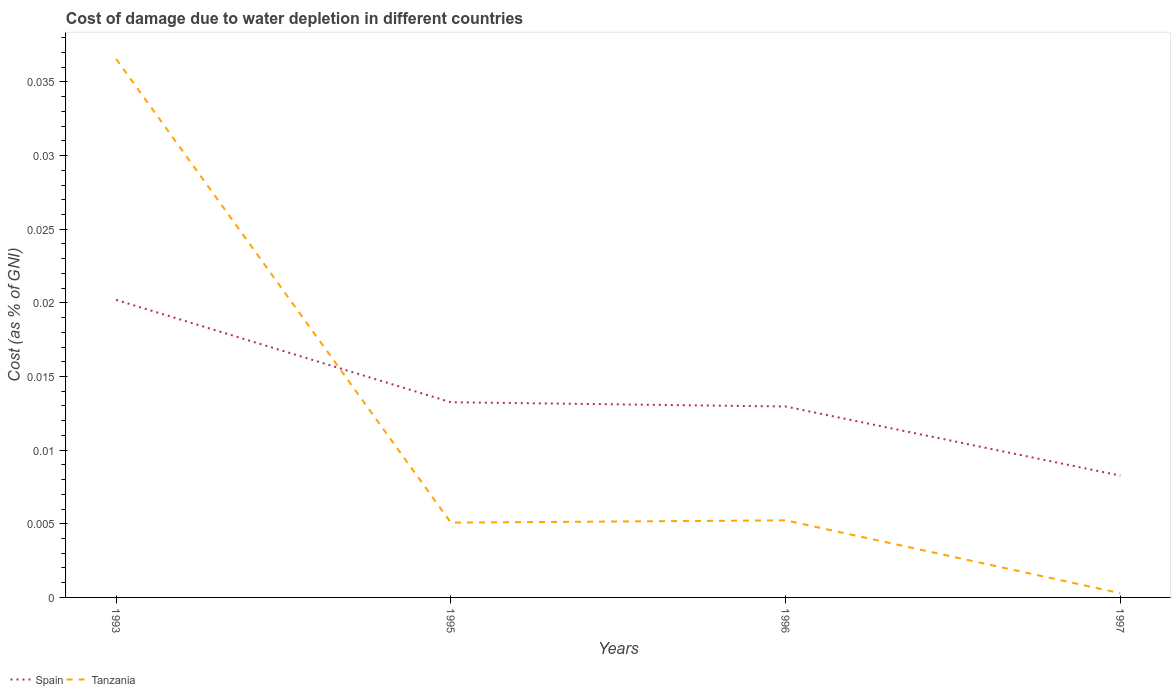
| Years | Spain | Tanzania |
 | --- | --- | --- |
 | 1993 | 0.0202 | 0.0366 |
 | 1995 | 0.0133 | 0.00508 |
 | 1996 | 0.013 | 0.00524 |
 | 1997 | 0.00827 | 0.000287 |